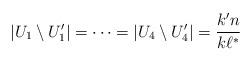
LaTeX: \begin{align*}|U_1\setminus U_1'|=\dots =|U_4\setminus U_4'|=\frac{k' n}{k\ell^*}\end{align*}